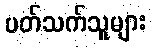
ပတ်သက်သူများ